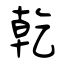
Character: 乾